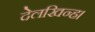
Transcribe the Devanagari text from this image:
देलखिन्ह।